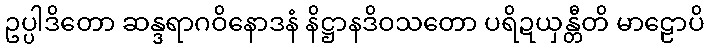
ဥပ္ပါဒိတော ဆန္ဒရာဂဝိနောဒနံ နိဋ္ဌာနဒိဝသတော ပရိဍယှန္တီတိ မာဠောပိ